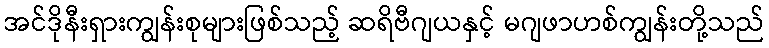
အင်ဒိုနီးရှားကျွန်းစုများဖြစ်သည့် ဆရိဗီဂျယနှင့် မဂျဖာဟစ်ကျွန်းတို့သည်